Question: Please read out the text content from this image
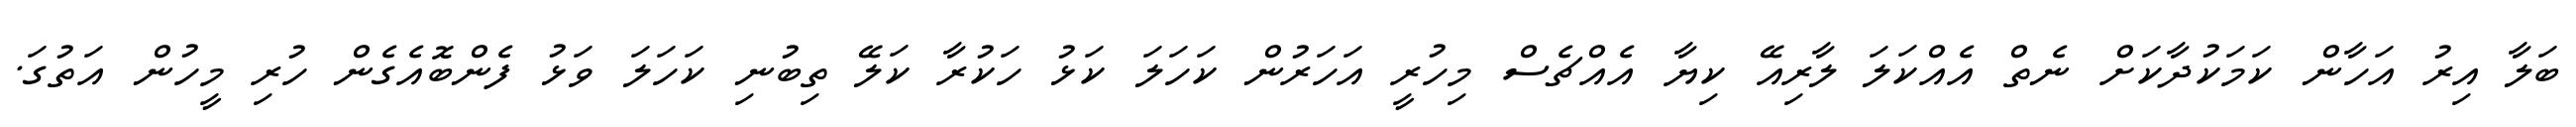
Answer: ބަލާ އިރު އަހާން ކަމަކުދާކަށް ނެތް އެއްކަލަ ލާރިއޭ ކިޔާ އެއްޗެސް މިހުރީ އަހަރުން ކަހަލަ ކަޅު ހަކުރާ ކަލޭ ތިބުނި ކަހަލަ ވަޅު ފެންބޮއެގެން ހުރި މީހުން އަތުގަ.